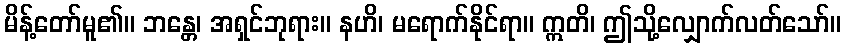
မိန့်တော်မူ၏။ ဘန္တေ၊ အရှင်ဘုရား။ နဟိ၊ မရောက်နိုင်ရာ။ ဣတိ၊ ဤသို့လျှောက်လတ်သော်။